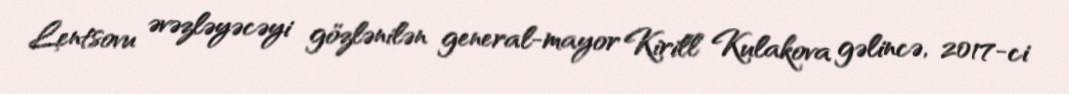
Lentsovu əvəzləyəcəyi gözlənilən general-mayor Kirill Kulakova gəlincə, 2017-ci